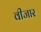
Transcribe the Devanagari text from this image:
वीजार